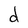
Character: d